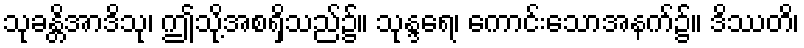
သုခန္တိအာဒိသု၊ ဤသို့အစရှိသည်၌။ သုန္ဒရေ၊ ကောင်းသောအနက်၌။ ဒိဿတိ၊